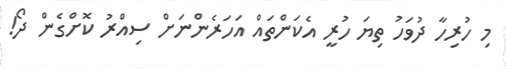
މި ހުރިހާ ދުވަހު ތިޔަ ހުރީ އެކަންތައް އަހަރެންނަށް ސިއްރު ކޮށްގެން ދޯ!